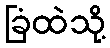
ခြံထဲသို့